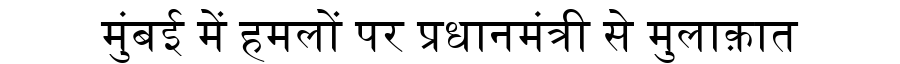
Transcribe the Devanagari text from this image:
मुंबई में हमलों पर प्रधानमंत्री से मुलाक़ात